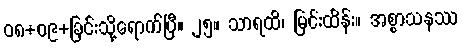
၀၈+၀၉+ခြင်းသို့ရောက်ပြီ။ ၂၅။ သာရထိ၊ မြင်းထိန်း။ အစ္စာသနဿ